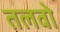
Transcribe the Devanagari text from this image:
तलवो